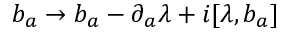
b _ { a } \rightarrow b _ { a } - \partial _ { a } \lambda + i [ \lambda , b _ { a } ]